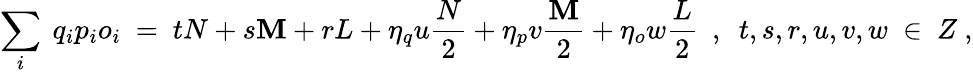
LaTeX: \sum_{i}\ q_{i}p_{i}o_{i}\ =\ tN+s\mathbf{M}+rL+\eta_{q}u\frac{{N}}{{2}}+\eta_{p}v\frac{{\mathbf{M}}}{{2}}+\eta_{o}w\frac{{L}}{{2}}\ \ ,\ \ t,s,r,u,v,w\ \in\ Z\ ,